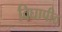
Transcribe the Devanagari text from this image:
विघापीठ